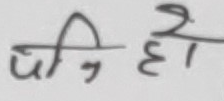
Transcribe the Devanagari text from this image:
पनि हो